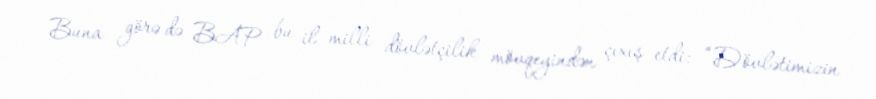
Buna görə də BAP bu il milli dövlətçilik mövqeyindən çıxış etdi: “Dövlətimizin